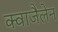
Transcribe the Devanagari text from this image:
क्वाजैलेन